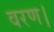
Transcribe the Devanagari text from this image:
वरण।